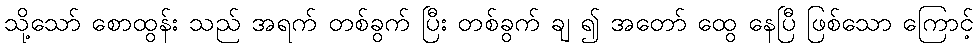
သို့သော် စောထွန်း သည် အရက် တစ်ခွက် ပြီး တစ်ခွက် ချ ၍ အတော် ထွေ နေပြီ ဖြစ်သော ကြောင့်